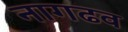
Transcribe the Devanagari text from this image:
नागढव